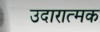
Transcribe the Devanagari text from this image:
उदारात्मक